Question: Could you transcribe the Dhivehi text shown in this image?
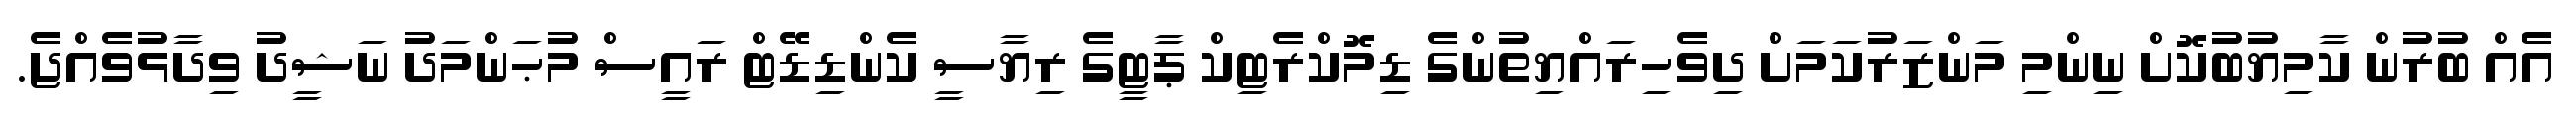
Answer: އެއް ބުރުން ކާމިޔުބުކޮށް ނިންމި މަންޒަރުކަމަށް ދިވެހިރައްޔިތުންގެ ޑިމޮކްރެޓިކް ޕާޓީގެ ރިޔާސީ ކެންޑިޑޭޓް ރައީސް މުޙަންމަދު ނަޝީދު ވިދާޅުވެއްޖެ.